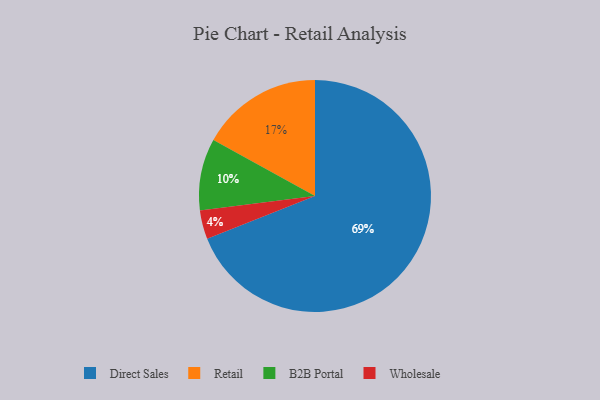
{"axis": {"x": "Category", "y": "Percentage"}, "legend": ["B2B Portal", "Direct Sales", "Retail", "Wholesale"], "data": [{"x": "Direct Sales", "y": 69, "type": "Direct Sales"}, {"x": "Wholesale", "y": 4, "type": "Wholesale"}, {"x": "Retail", "y": 17, "type": "Retail"}, {"x": "B2B Portal", "y": 10, "type": "B2B Portal"}]}